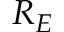
R _ { E }